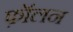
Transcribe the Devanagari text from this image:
फ़ॉलन